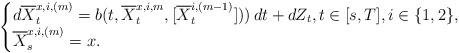
LaTeX: \begin{align*}\begin{cases}d\overline{X}^{x,i,(m)}_t = b(t,\overline{X}^{x,i,m}_t,[\overline{X}^{i,(m-1)}_t]))\,dt + dZ_t, t \in [s,T], i\in \{1,2\},\\ \overline{X}^{x,i,(m)}_s = x.\end{cases}\end{align*}